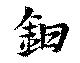
鉗